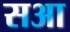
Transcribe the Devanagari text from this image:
सआ